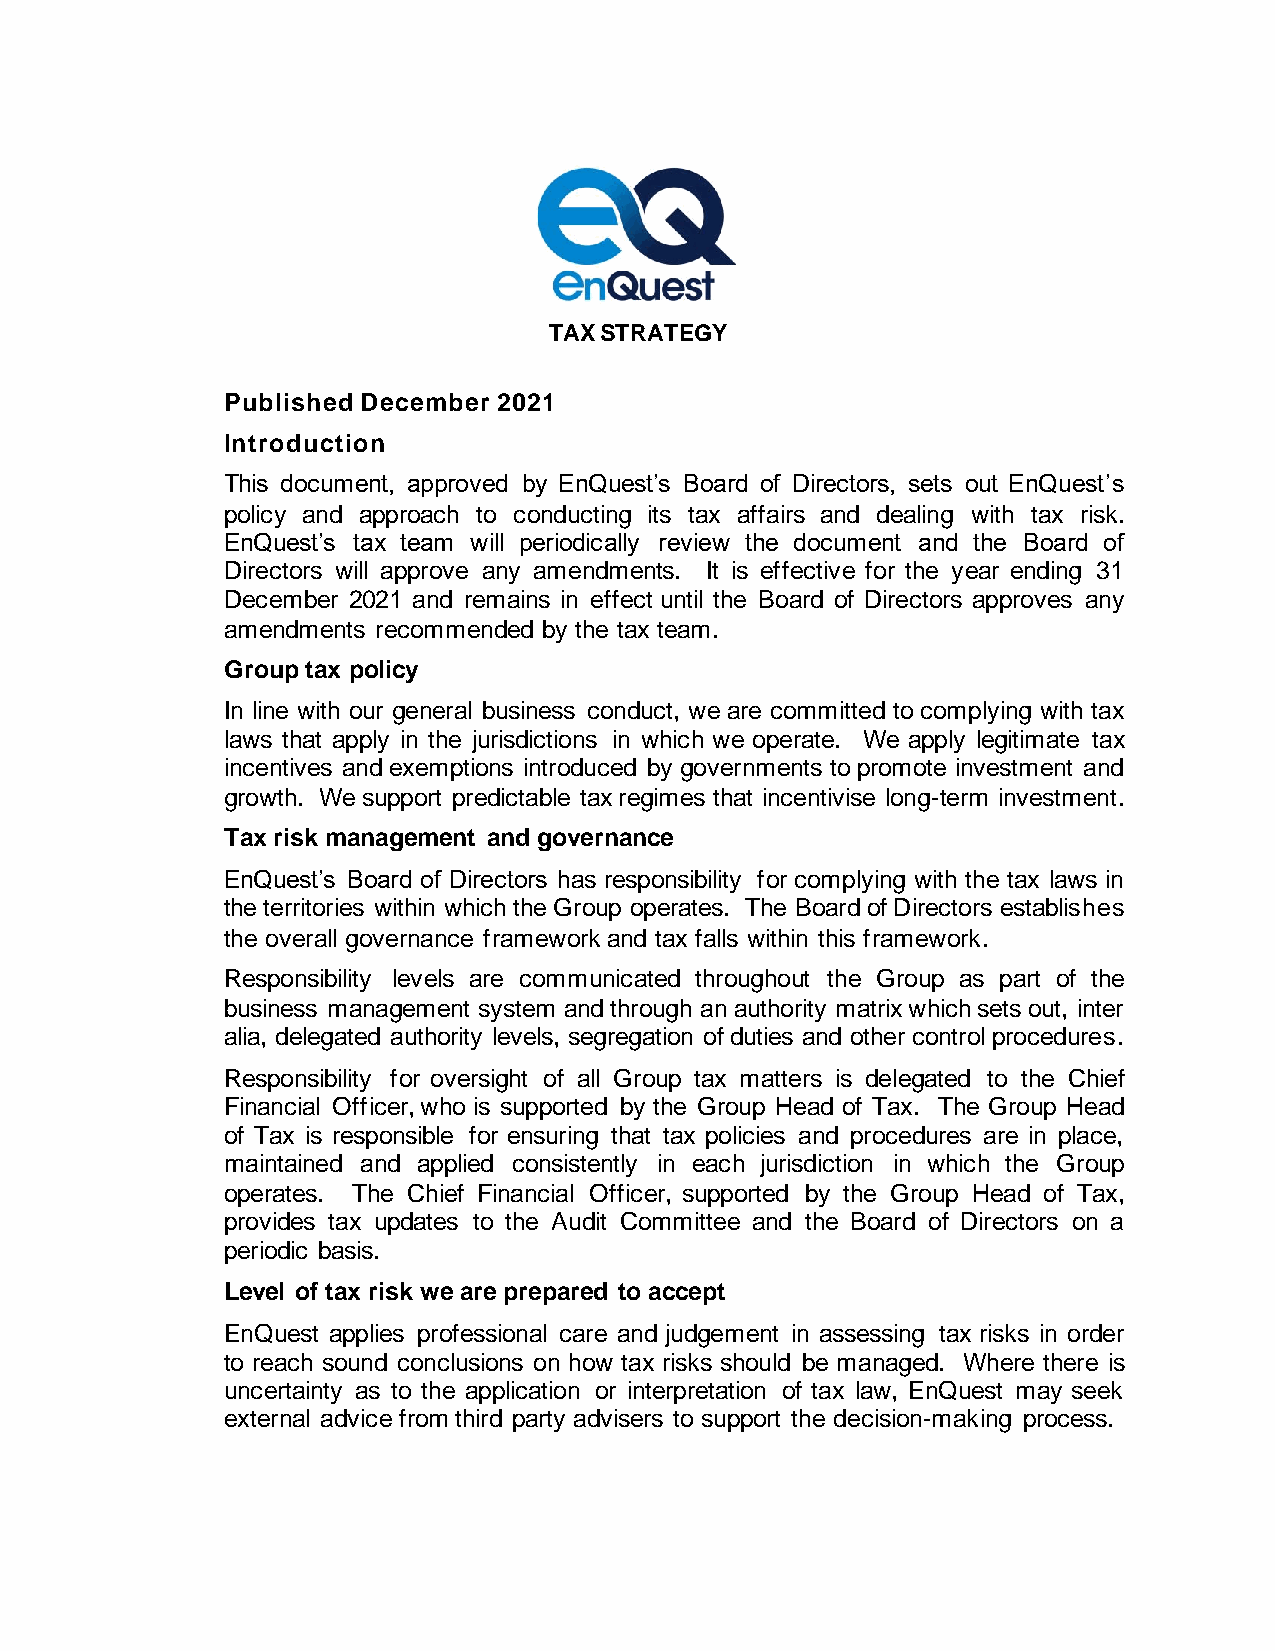
TAX STRATEGY
 Published December 2021
 Introduction
 This document, approved by EnQuest’s Board of Directors, sets out EnQuest’s
 policy and approach to conducting its tax affairs and dealing with tax risk.
 EnQuest’s tax team will periodically review the document and the Board of
 Directors will approve any amendments. It is effective for the year ending 31
 December 2021 and remains in effect until the Board of Directors approves any
 amendments recommended by the tax team.
 Group tax policy
 In line with our general business conduct, we are committed to complying with tax
 laws that apply in the jurisdictions in which we operate. We apply legitimate tax
 incentives and exemptions introduced by governments to promote investment and
 growth. We support predictable tax regimes that incentivise long-term investment.
 Tax risk management and governance
 EnQuest’s Board of Directors has responsibility for complying with the tax laws in
 the territories within which the Group operates. The Board of Directors establishes
 the overall governance framework and tax falls within this framework.
 Responsibility levels are communicated throughout the Group as part of the
 business management system and through an authority matrix which sets out, inter
 alia, delegated authority levels, segregation of duties and other control procedures.
 Responsibility for oversight of all Group tax matters is delegated to the Chief
 Financial Officer, who is supported by the Group Head of Tax. The Group Head
 of Tax is responsible for ensuring that tax policies and procedures are in place,
 maintained and applied consistently in each jurisdiction in which the Group
 operates. The Chief Financial Officer, supported by the Group Head of Tax,
 provides tax updates to the Audit Committee and the Board of Directors on a
 periodic basis.
 Level of tax risk we are prepared to accept
 EnQuest applies professional care and judgement in assessing tax risks in order
 to reach sound conclusions on how tax risks should be managed. Where there is
 uncertainty as to the application or interpretation of tax law, EnQuest may seek
 external advice from third party advisers to support the decision-making process.